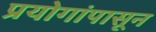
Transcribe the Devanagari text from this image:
प्रयोगांपासून